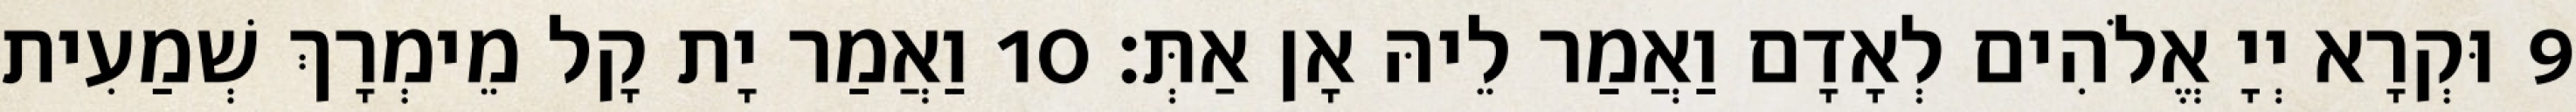
9 וּקְרָא יְיָ אֱלֹהִים לְאָדָם וַאֲמַר לֵיהּ אָן אַתְּ׃ 10 וַאֲמַר יָת קָל מֵימְרָךְ שְׁמַעִית